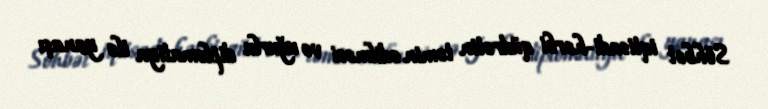
Söhbət iqtisadi-hərbi qüdrətin təmin edilməsi və uğurlu diplomatiya ilə yanaşı